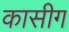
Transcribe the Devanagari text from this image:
कासीग